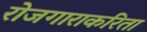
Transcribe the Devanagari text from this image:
रोजगाराकरिता